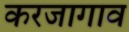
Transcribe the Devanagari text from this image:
करजागाव